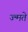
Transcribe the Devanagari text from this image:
ज्न्मते